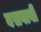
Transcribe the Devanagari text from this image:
बसवावी